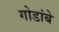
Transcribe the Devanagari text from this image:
गोडांबे